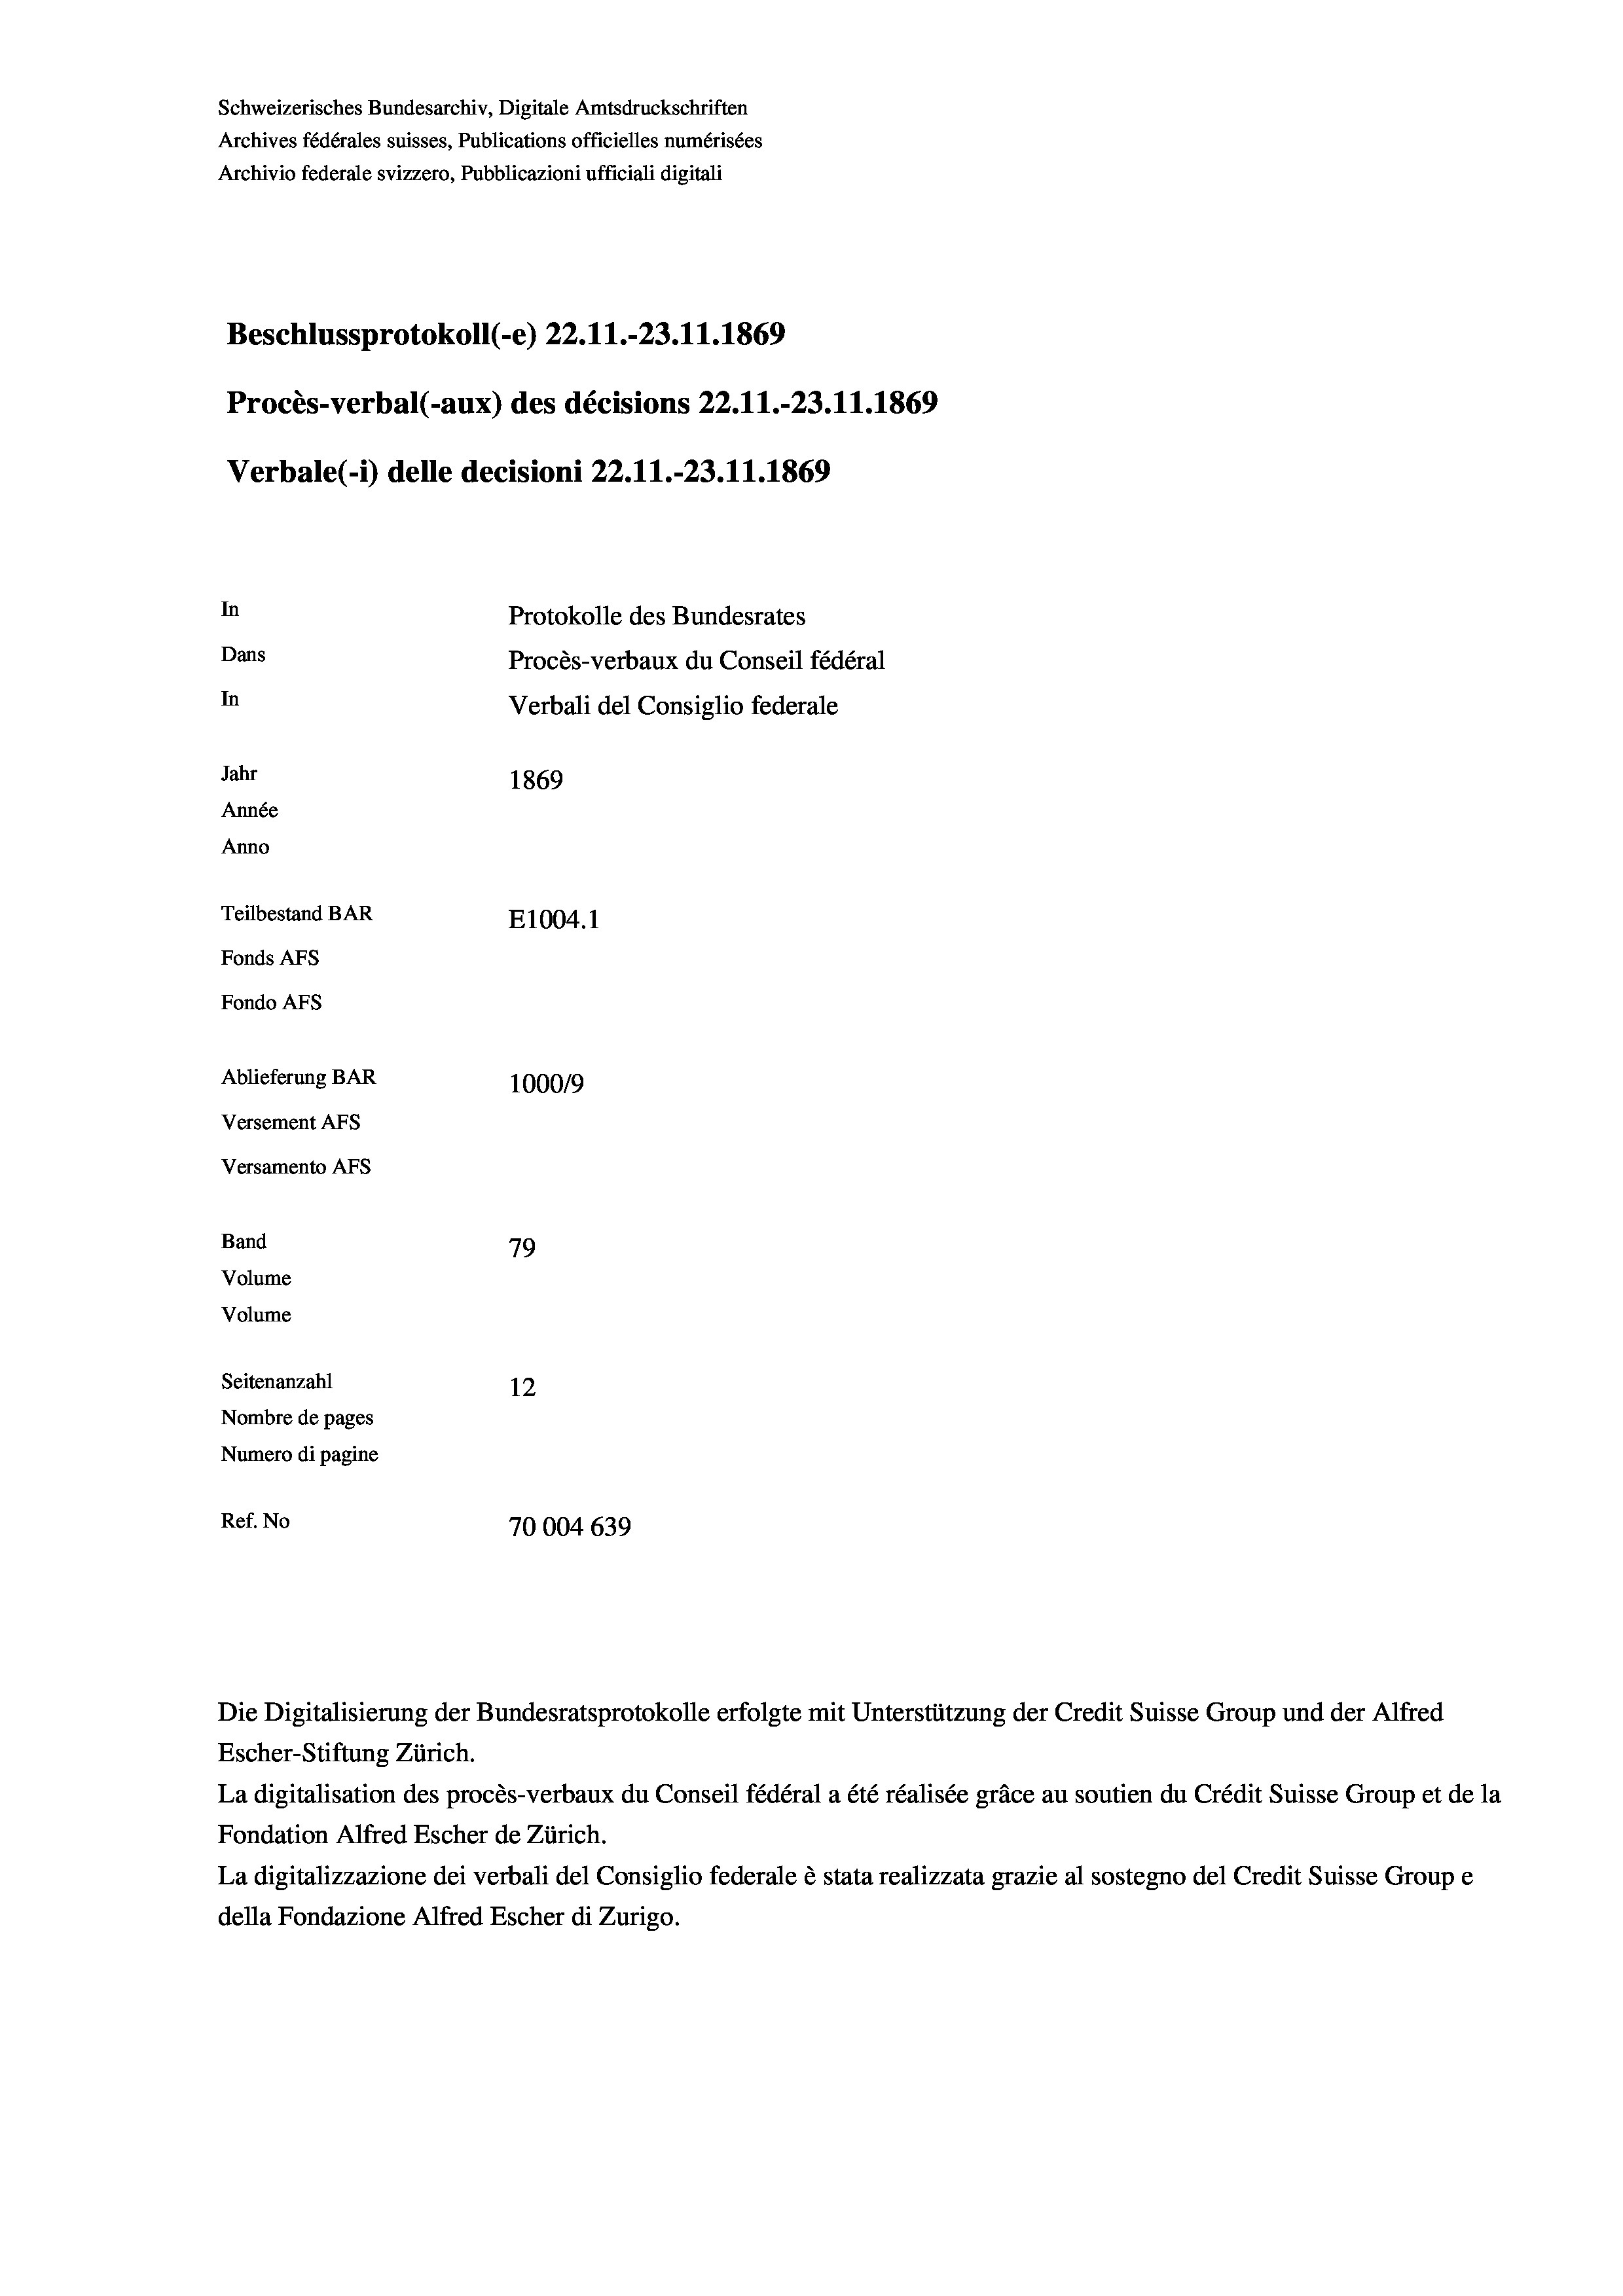
Schweizerisches Bundesarchiv, Digitale Amtsdruckschriften
Archives fédérales suisses, Publications officielles numérisées
Archivio federale svizzero, Pubblicazioni ufficiali digitali
Beschlussprotokoll (-e) 22.11.-23. 11. 1869
Procès-verbal (-aux) des décisions 22.11.-23.11.1869
Verbale(-*) delle decisioni 22.11.-23.11.1869
In
Protokolle des Bundesrates
Dans
Procès-verbaux du Conseil fédéral
In
Verbali del Consiglio federale
Jahr
1869
Année
Anno
Teilbestand BAR
E1004.1
Fonds AFs
Fondo AFs
Ablieferung BAR
100019
Versement As
Versamento AFs

79
Seitenanzahl
12
Nombre de pages
Numero di pagine
Ref. No
70004 639

Band
Volume
Volume

Escher-Stiftung Zürich.
La digitalisation des procès-verbaux du Conseil fédéral a été réalisée gräce au soutien du Crédit Suisse Group et de la
Fondation Alfred Escher de Zürich.
La digitalizzazione dei verbali del Consiglio federale è stata realizzata grazie al sostegno del Credit Suisse Groupe
della Fondazione Alfred Escher di Zurigo.

Die Digitalisierung der Bundesratsprotokolle erfolgte mit Unterstützung der Credit Suisse Group und der Alfred